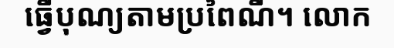
ធ្វើបុណ្យតាមប្រពៃណី។ លោក